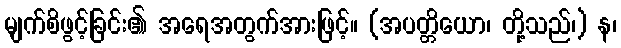
မျက်စိဖွင့်ခြင်း၏ အရေအတွက်အားဖြင့်။ (အပတ္တိယော၊ တို့သည်၊) န၊